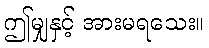
ဤမျှနှင့် အားမရသေး။